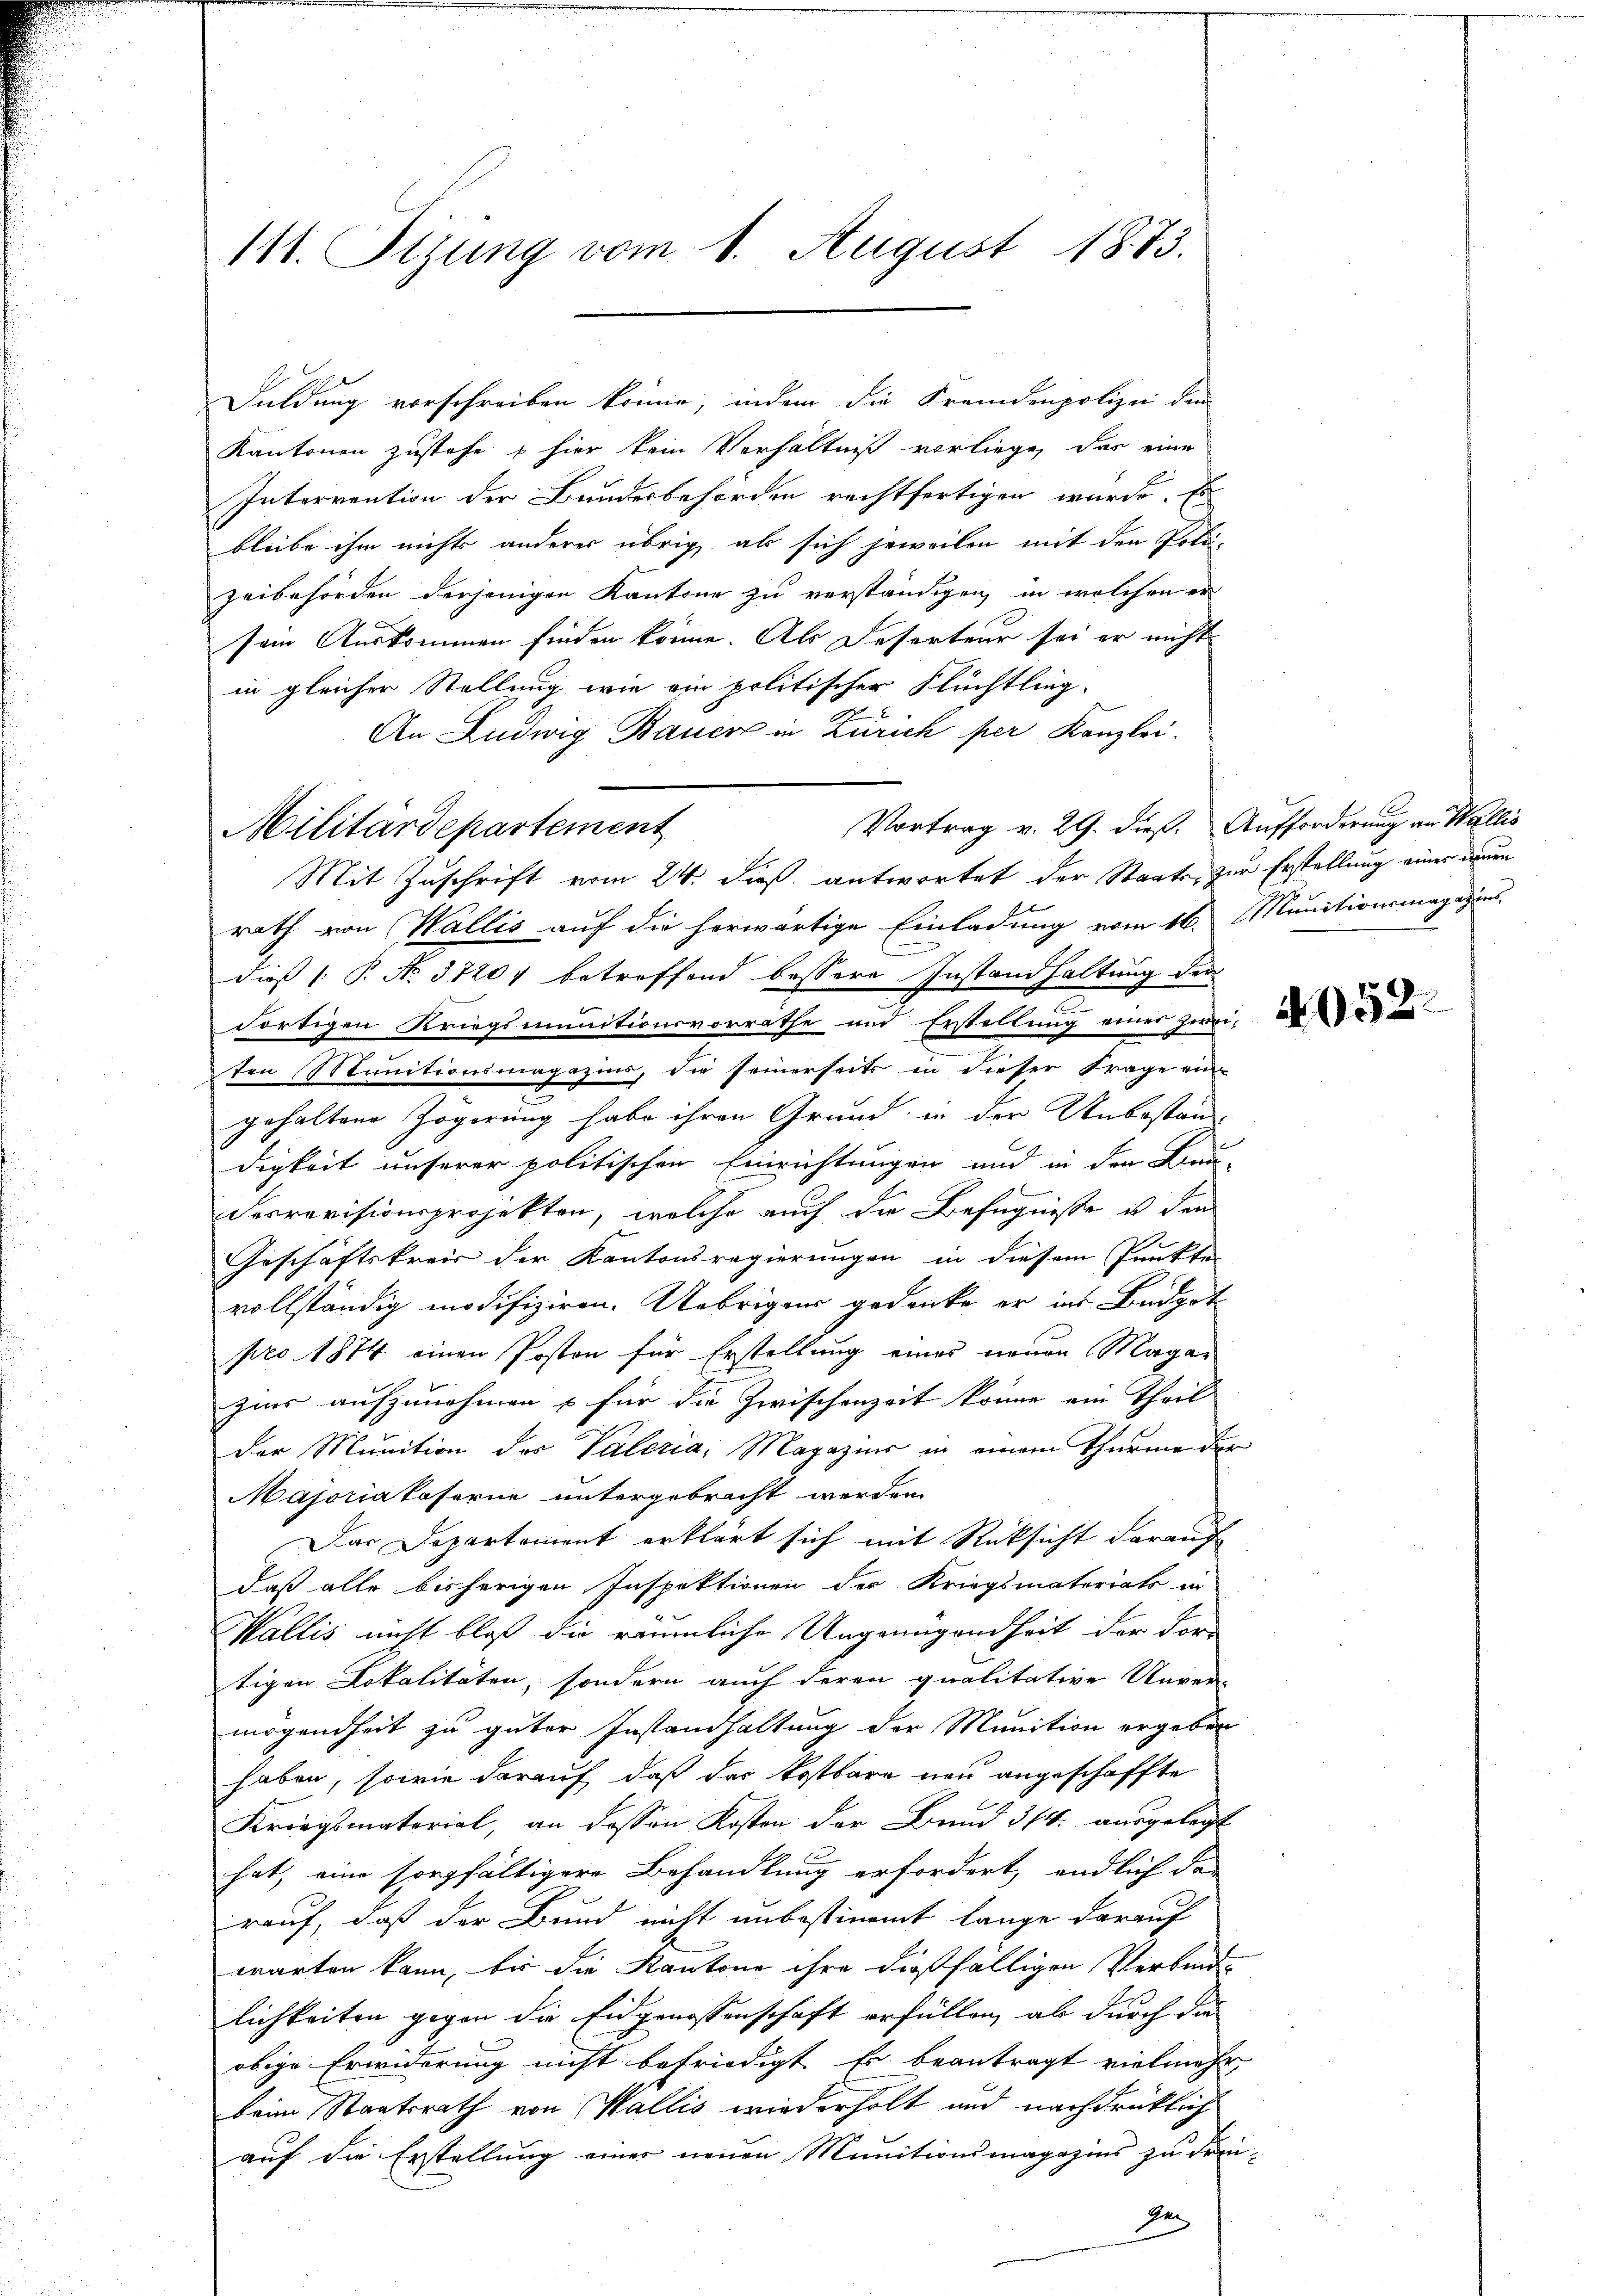
111. Sizung vom 1. August 1873.

Duldung vorschreiben könne, indem die Fremdenpolizei dem
Kantonen zustehe & hier kein Verhältniß vorliege, das eine
Interrention der Bundesbehörden rechtfertigen würde. Es
bleibe ihm nichts anderer übrig als sich jeweilen mit den Poli¬
Zeibehörden derjenigen Kantone zu verständigen, in welchen er
4 x
sein Auskommen finden könne. Als Reserteur sei er nicht
in gleicher Stellung wie ein politischer Flüchtling-
An Ludwig Bauer in Zürich per Kanzlei.
Vortrag v. 29. dieß. Aufforderung an Wallis
Militärdepartement
Mit Zuschrift vom 24. dieß antwortet der Staats, zur Erstellung einer neuen
rath von Wallis auf die herwärtige Einladung vom 16.
e
dieß (: P. No. 37204 betreffend bessere Instandhaltung der
dortigen Kriegsmunitionsvorrathe und Erstellung einer Zirei-
ten Munitionsmagazius, die seinerseits in dieser Frage ein
gehaltene Zögerung habe ihren Grund in der Unbeständ
digkeit unserer politischen Einrichtungen und in den Bau-
Serrevisionsprojekten, welche auch die Befugnisse in den
Geschäftskreis der Kantonsregierungen in diesem Punkte
vollständig modifiziren. Uebrigen gedenke er ins Budgot
pro 1874 einen Posten für Erstellung eines neuen Magar
zins aufzunehmen & für die Zwischenzeit könne ein Theil
der Munition des Vateria, Magazins in einem Thurme der
Majoriakaserne untergebracht werden
Das Departement erklärt sich mit Rücksicht darauf
daß alle bisherigen Inspektionen der Kriegsmateriats in
Wallis nicht bloß die räumliche Ungenügendheit der For-
tigen Lokalitäten, sondern auch deren qualitative Unver-
mögendheit zu guter Instandhaltung der Munition ergeben
haben, sowie darauf, daß das kostbare neu angeschaffte
Kriegsmaterial, an dessen Kosten der Bund 3/4. ausgelegt
hat, eine sorgfältigere Behandlung erfordert, endlich das
rauf, daß der Bund nicht unbestimmt lange darauf
warten kann, bis die Kantone ihre dießfälligen Verbind-
lichkeiten gegen die Eidgenossenschaft erfüllen, ab durch da
obige Erwiderung nicht befriedigt, Er beantragt vielmehr
beim Staatsrath von Wallis wiederholt und nachdrücklich
auf die Erstellung einer neuen Munitionsmagazins zu den
de

Munitionsmagazins

e

.
e

4952.